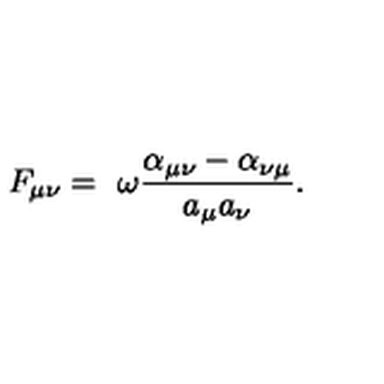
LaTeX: F _ { \mu \nu } = \ \omega \frac { \alpha _ { \mu \nu } - \alpha _ { \nu \mu } } { a _ { \mu } a _ { \nu } } .